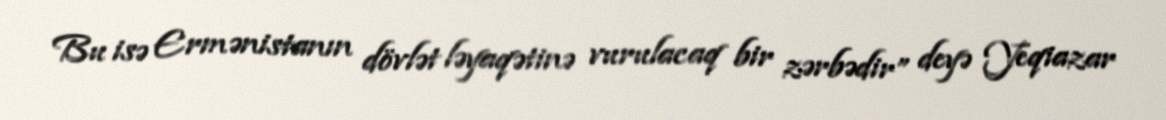
Bu isə Ermənistanın dövlət ləyaqətinə vurulacaq bir zərbədir” deyə Yeqiazar